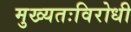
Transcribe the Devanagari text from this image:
मुख्यतःविरोधी